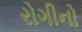
રોગીનો